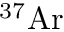
{ } ^ { 3 7 } \mathrm { A r }